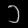
Digit: ၁